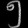
Digit: ၅